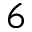
6